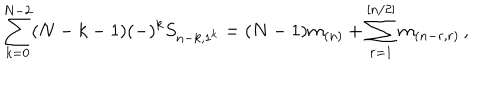
\sum _ { k = 0 } ^ { N - 2 } ( N - k - 1 ) ( - ) ^ { k } S _ { n - k , 1 ^ { k } } = ( N - 1 ) m _ { ( n ) } + \sum _ { r = 1 } ^ { [ n / 2 ] } m _ { ( n - r , r ) } \, , \nonumber